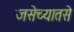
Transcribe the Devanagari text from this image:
जसेच्यातसे